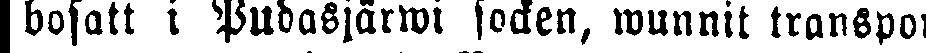
bosatt i Pudasjärwi socken, wunnit transport